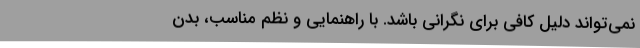
نمی‌تواند دلیل کافی برای نگرانی باشد. با راهنمایی و نظم مناسب، بدن